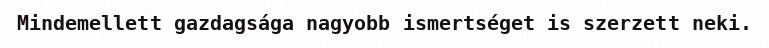
Mindemellett gazdagsága nagyobb ismertséget is szerzett neki.